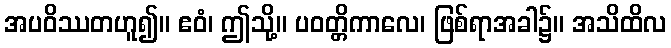
အပဝိဿတဟူ၍။ ဧဝံ၊ ဤသို့။ ပဝတ္တိကာလေ၊ ဖြစ်ရာအခါ၌။ အသိထိလ